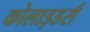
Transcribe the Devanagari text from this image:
कोलाइडर्स